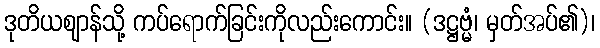
ဒုတိယဈာန်သို့ ကပ်ရောက်ခြင်းကိုလည်းကောင်း။ (ဒဋ္ဌဗ္မံ၊ မှတ်အပ်၏)၊